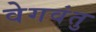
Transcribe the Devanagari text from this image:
वेगवंतु